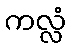
ကလ္လံ